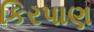
કિરપાણ